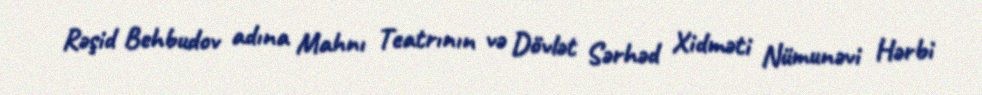
Rəşid Behbudov adına Mahnı Teatrının və Dövlət Sərhəd Xidməti Nümunəvi Hərbi